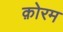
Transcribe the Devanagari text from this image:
क़ोरम